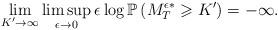
LaTeX: \begin{align*} \lim_{K' \rightarrow \infty} \limsup_{\epsilon \rightarrow 0} \epsilon \log \mathbb{P}\left(M_{T}^{\epsilon*}\geqslant K'\right)=-\infty. \end{align*}